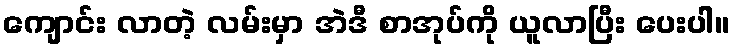
ကျောင်း လာတဲ့ လမ်းမှာ အဲဒီ စာအုပ်ကို ယူလာပြီး ပေးပါ။